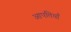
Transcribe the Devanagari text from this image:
आपत्तियॉँ